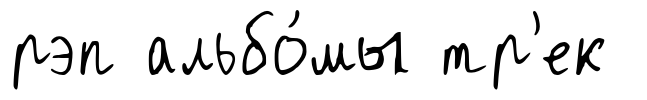
рэп альбо́мы тр'ек